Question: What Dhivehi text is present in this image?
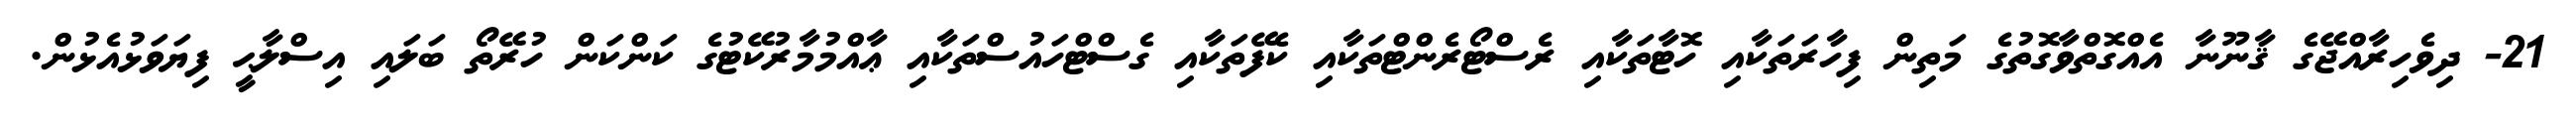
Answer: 21- ދިވެހިރާއްޖޭގެ ޤާނޫނާ އެއްގޮތްވާގޮތުގެ މަތިން ފިހާރަތަކާއި ހޮޓާތަކާއި ރެސްޓޯރެންޓްތަކާއި ކެފޭތަކާއި ގެސްޓްހައުސްތަކާއި ޢާއްމުމާރުކޭޓުގެ ކަންކަން ހުރޭތޯ ބަލައި އިސްލާޙީ ފިޔަވަޅުއެޅުން.